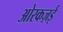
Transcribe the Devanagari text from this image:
ओरकज़ई